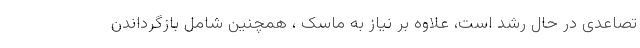
تصاعدی در حال رشد است، علاوه بر نیاز به ماسک ، همچنین شامل بازگرداندن